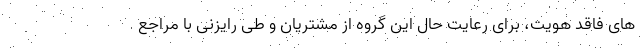
های فاقد هویت، برای رعایت حال این گروه از مشتریان و طی رایزنی با مراجع